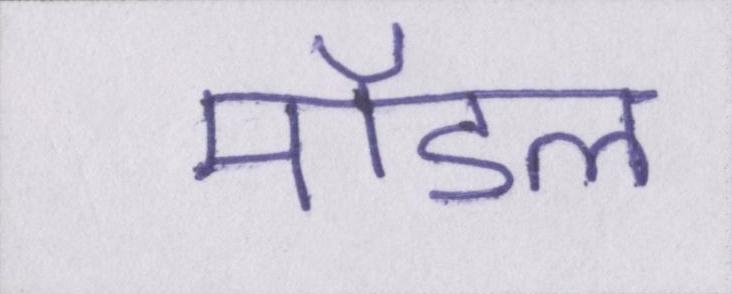
मॉडल